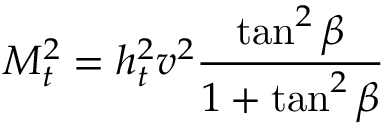
M _ { t } ^ { 2 } = h _ { t } ^ { 2 } v ^ { 2 } \frac { \tan ^ { 2 } { \beta } } { 1 + \tan ^ { 2 } { \beta } }